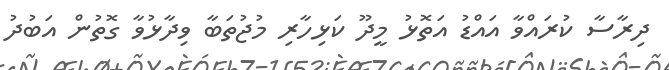
ދިރާސާ ކުރައްވާ އައްޑު އަތޮޅު މީދޫ ކަޅިހާރި މުޖުތަބާ ވިދާޅުވާ ގޮތުން އަބުދު